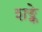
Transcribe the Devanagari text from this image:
शङ्के